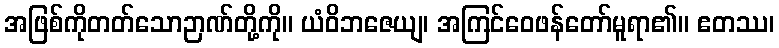
အဖြစ်ကိုတတ်သောဉာဏ်တို့ကို။ ယံဝိဘဇေယျ၊ အကြင်ဝေဖန်တော်မူရာ၏။ ဧတဿ၊